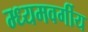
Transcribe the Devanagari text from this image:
म्ध्यमवर्गीय